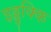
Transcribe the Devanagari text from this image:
इड्डुक्कि